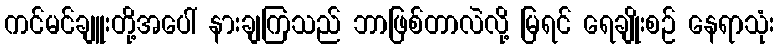
ကင်မင်ချူးတို့အပေါ် နားချကြသည် ဘာဖြစ်တာလဲလို့ မြရင် ရေချိုးစဉ် နေရာသုံး